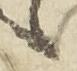
之